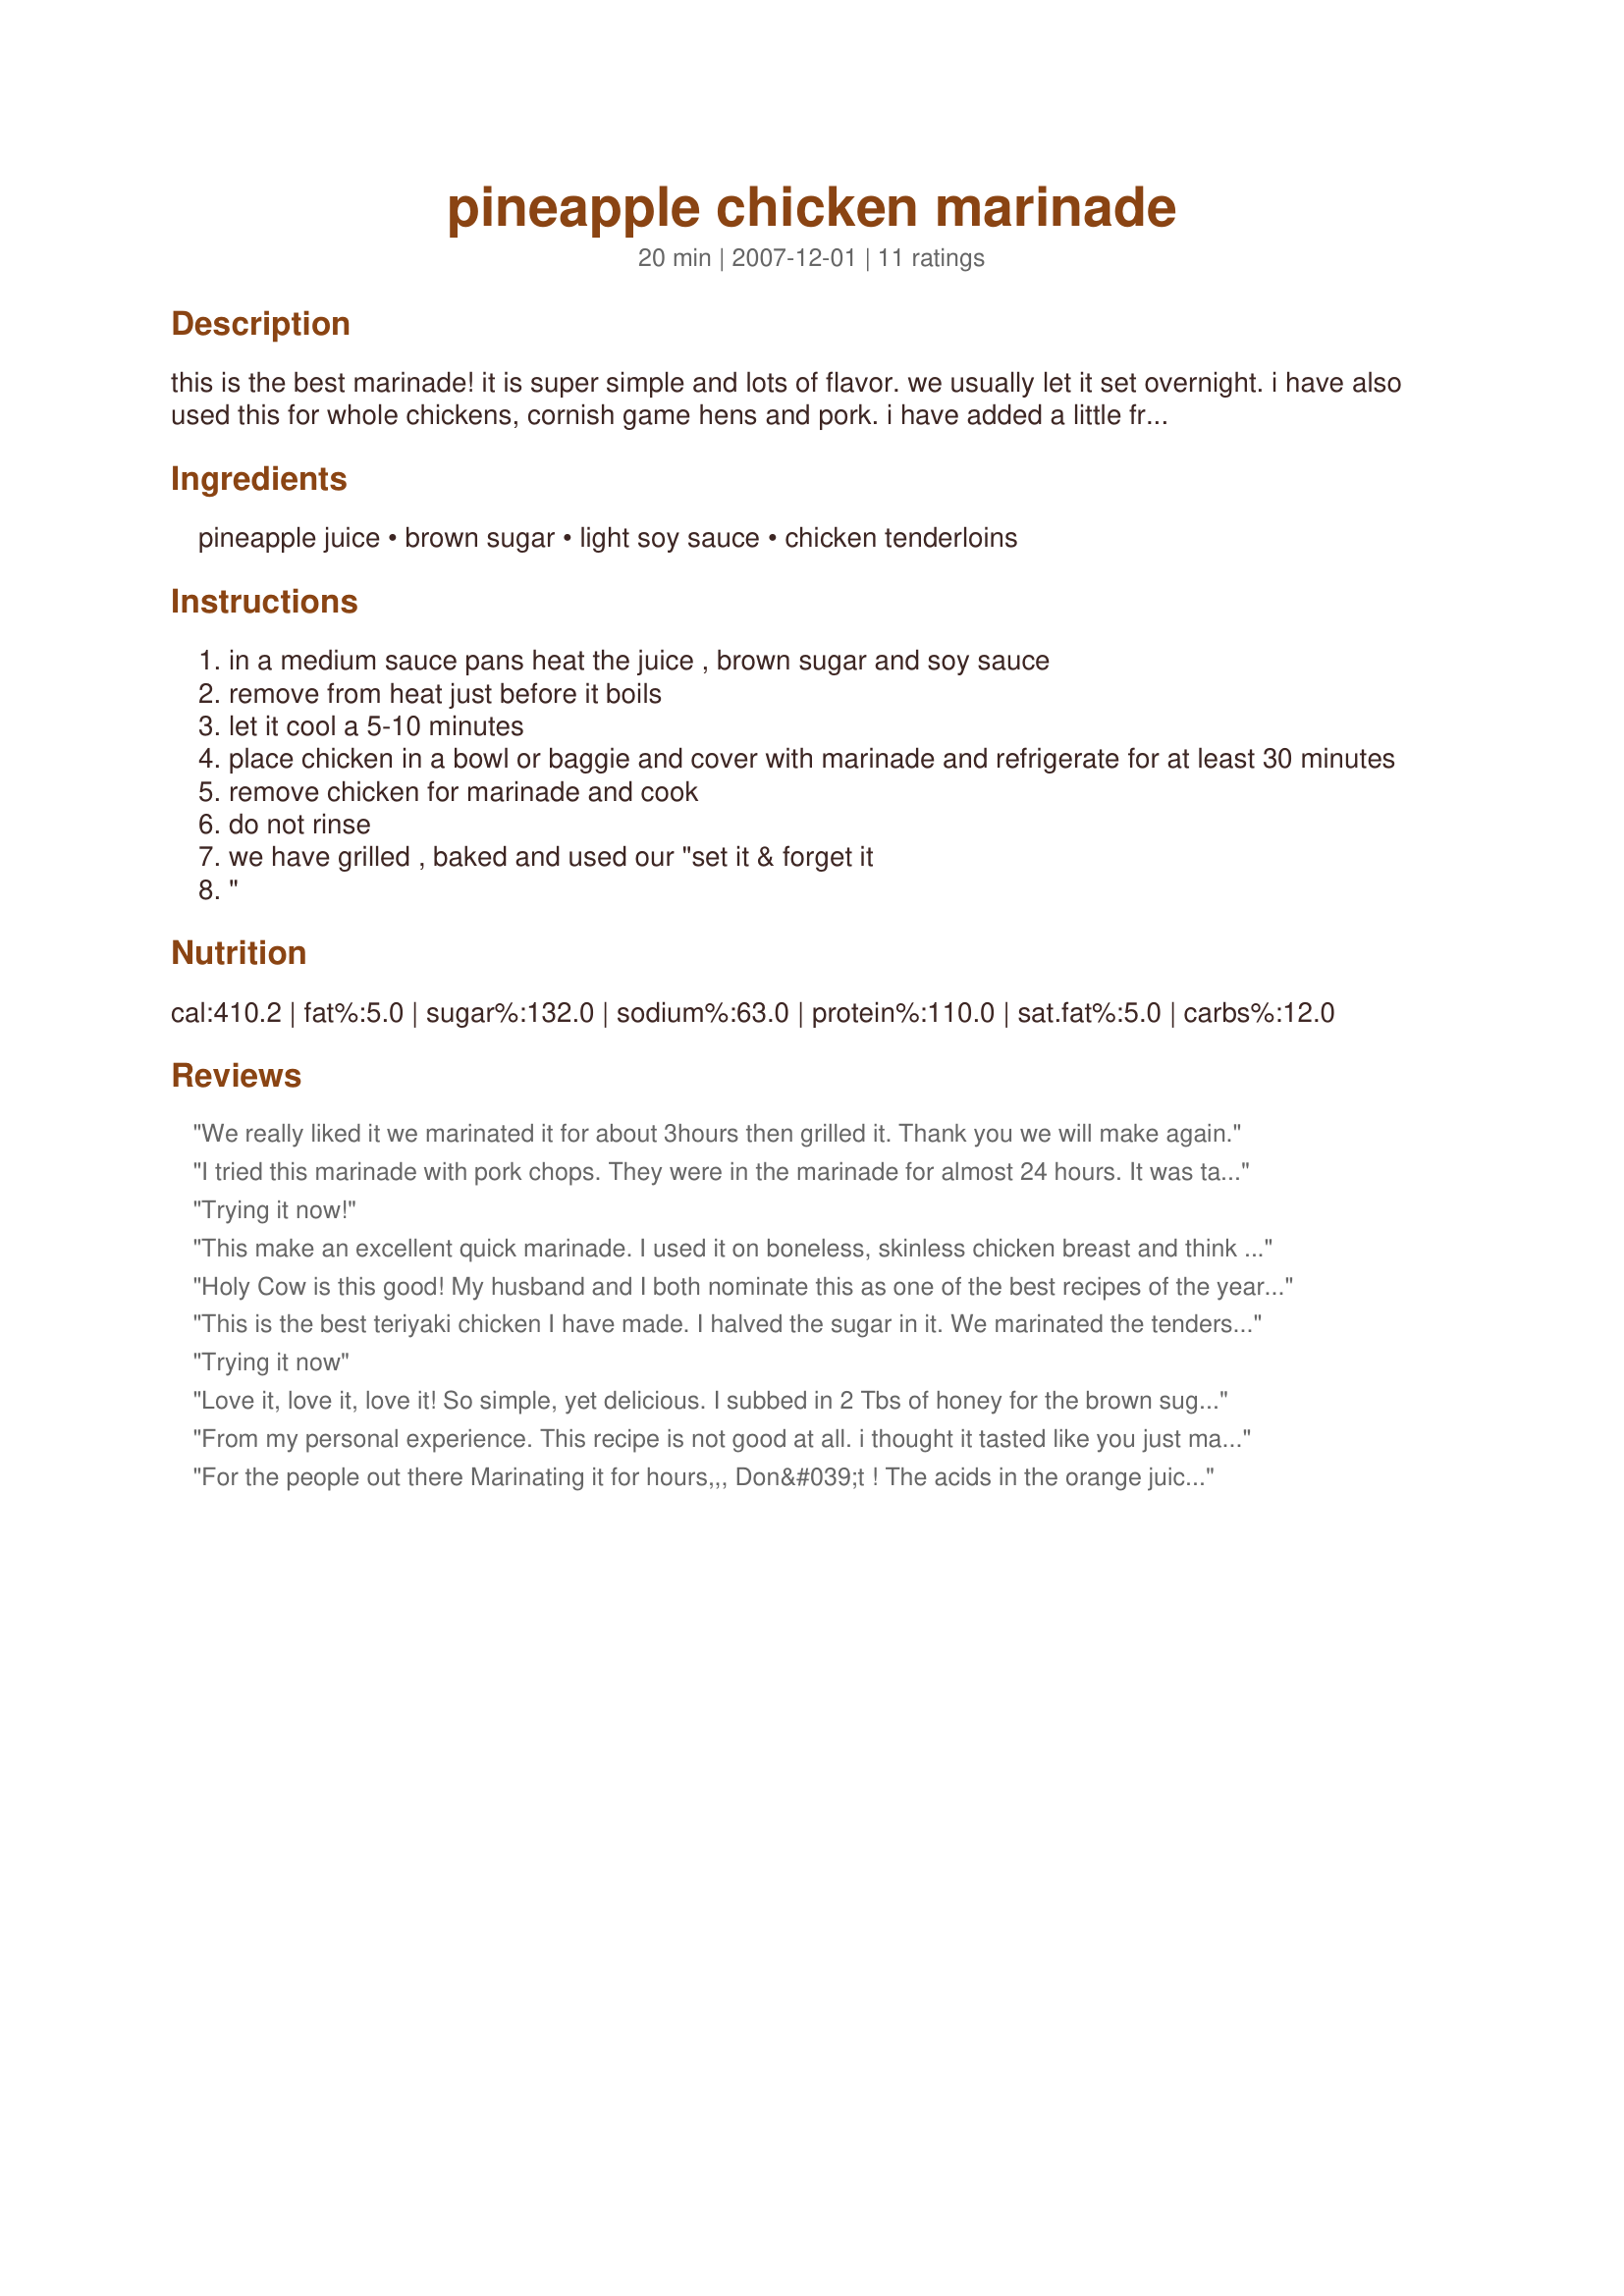
pineapple chicken marinade
Preparation time: 20 minutes

this is the best marinade! it is super simple and lots of flavor. we usually let it set overnight. i have also used this for whole chickens, cornish game hens and pork. i have added a little fresh garlic for an added flavor. enjoy!

Ingredients:
pineapple juice, brown sugar, light soy sauce, chicken tenderloins

Steps:
in a medium sauce pans heat the juice , brown sugar and soy sauce
remove from heat just before it boils
let it cool a 5-10 minutes
place chicken in a bowl or baggie and cover with marinade and refrigerate for at least 30 minutes
remove chicken for marinade and cook
do not rinse
we have grilled , baked and used our "set it & forget it
"

Reviews:
We really liked it we marinated it for about 3hours then grilled it. Thank you we will make again.
I tried this marinade with pork chops. They were in the marinade for almost 24 hours. It was tasty but a bit too sweet for DH. Thanks Mag05 Made for PAC Spring 2008.
Trying it now!
This make an excellent quick marinade. I used it on boneless, skinless chicken breast and think it would also be wonderful on a pork tenderloin. Made for PAC Spring 2008.
Holy Cow is this good! My husband and I both nominate this as one of the best recipes of the year...normally he's not big on fruit with meat but the pineapple taste is subtle. We marinated tenderloins overnight and they are deeelish...you need to try this! Next time instead of tenderloins we're going to marinate chicken for the grill.
This is the best teriyaki chicken I have made. I halved the sugar in it. We marinated the tenders for 5 hours, and it wasn't too sweet, and yielded a subtle, but yummy taste. If you marinate in a ziplock bag, half the amount of marinade could be used.
Trying it now
Love it, love it, love it! So simple, yet delicious. I subbed in 2 Tbs of honey for the brown sugar. I grilled the chicken after marinating several hours, then at the last moment before it came off the grill, I basted it with a little reserved pineapple juice and a squirt of honey. Made a lovely glaze. This marinade recipe is a regular at my house!
From my personal experience. This recipe is not good at all. i thought it tasted like you just marinaded the chicken in just soy sauce.. kinda had a bitter taste. Like i said this is personal experiance, not speaking on behalf of everyone else.... I just did not care for this AT ALL
For the people out there Marinating it for hours,,,
Don&#039;t !
The acids in the orange juice and pineapple juice will actually start to cook your chicken after about 40 minutes,, which is the maximum I would ever go.
We had this with steamed vegetables, rice pilaf, and fresh pineapple. This is the kind of meal my kids really dig, a request it often sort of deal. It's one of those meals that you just keep grabbing one more little tender, just one more. Before you know it, you've made a pig of yourself! I've made a marinade similar to this before but never by heating up the ingredients first. I made the marinade in the morning and let the chicken sit for the rest of the day. Chicken caramelized on the grill and was such a beautiful color. I will try cutting back on the sugar next time. Would make great kabobs. Made for Spring PAC 2008.
